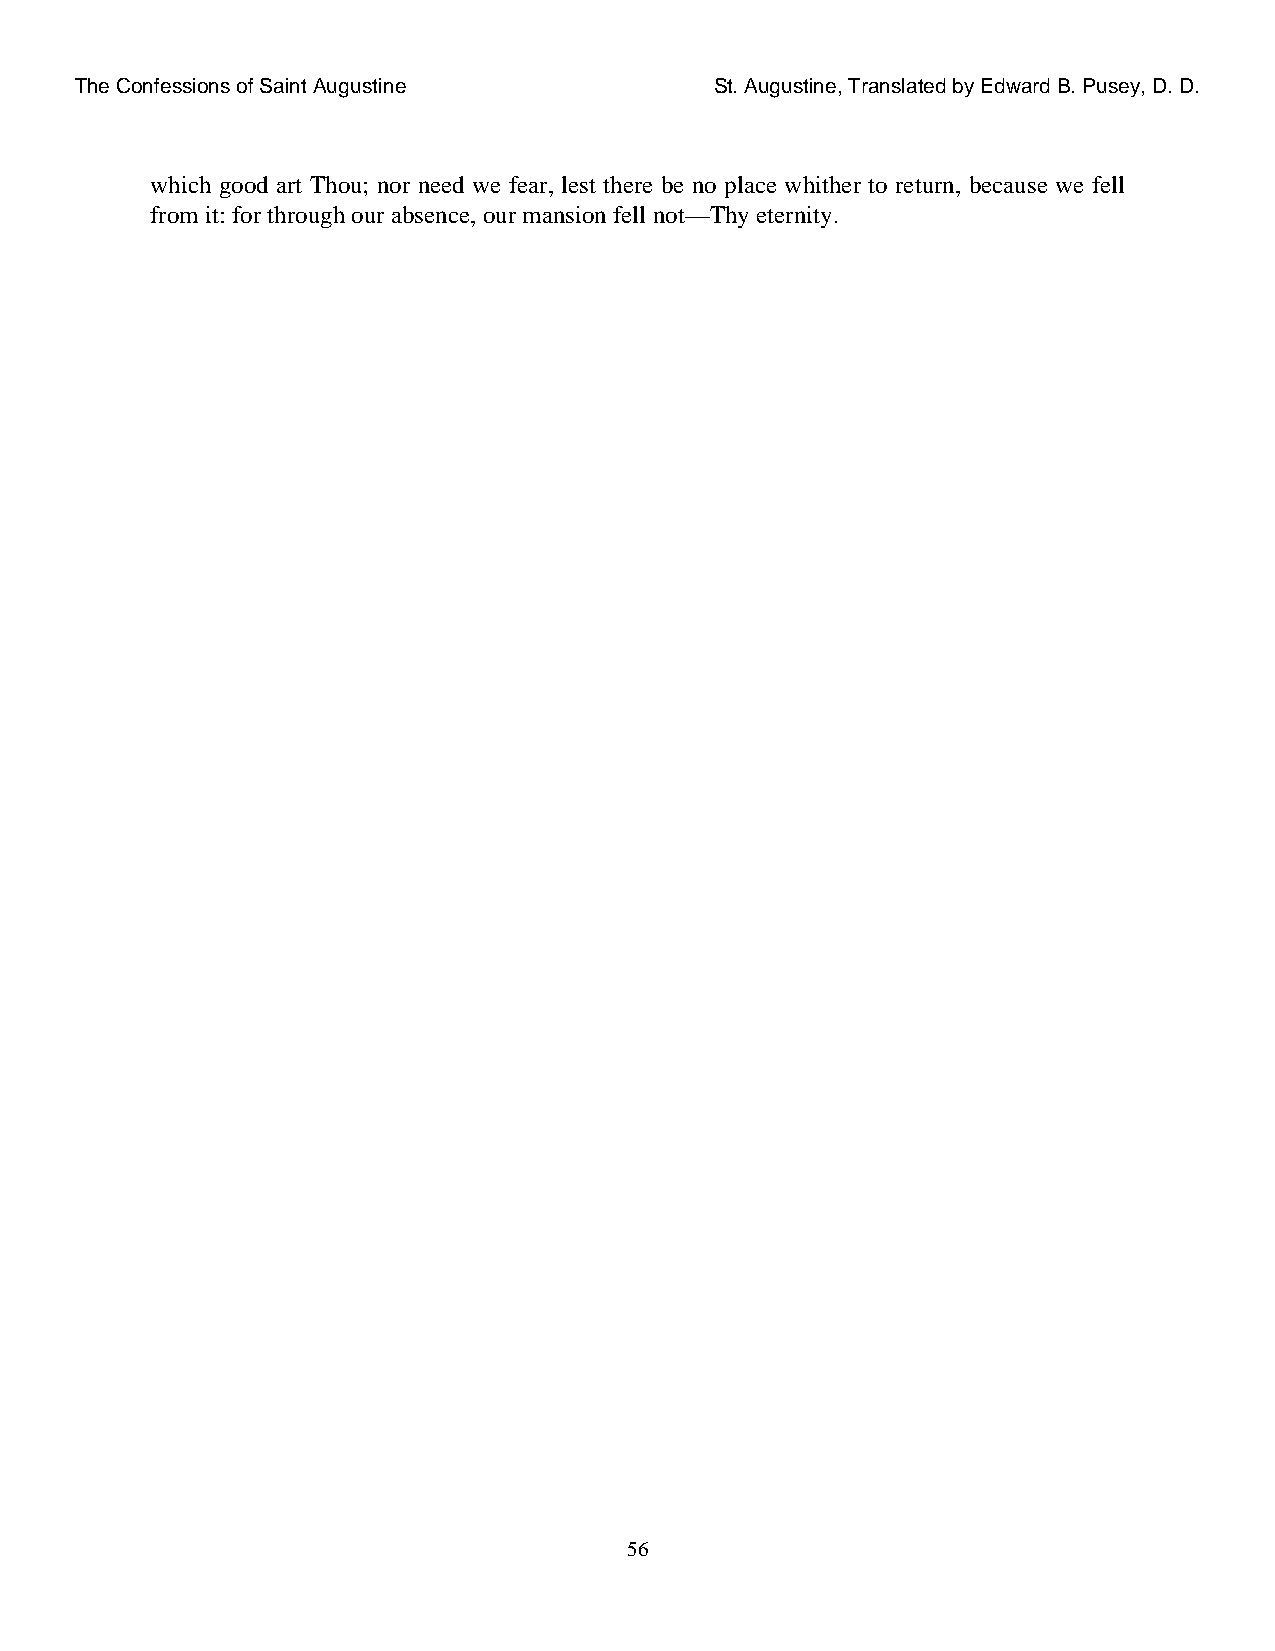
The Confessions of Saint Augustine        St. Augustine, Translated by Edward B. Pusey, D. D.
 which good art Thou; nor need we fear, lest there be no place whither to return, because we fell
 from it: for through our absence, our mansion fell not—Thy eternity.
 56